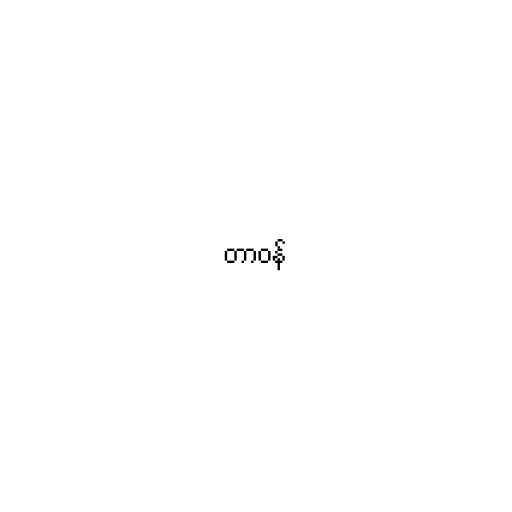
တာဝန်